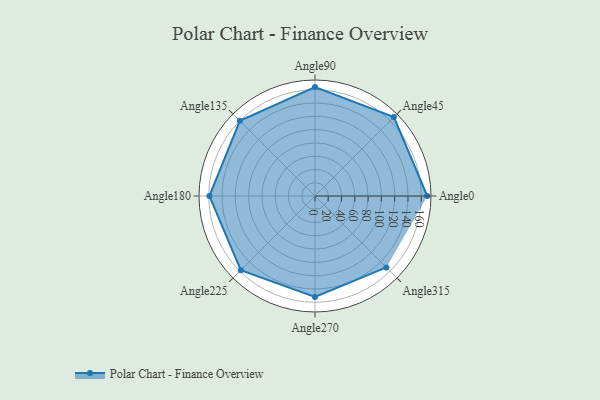
{"axis": {"x": "Angle", "y": "Radius"}, "legend": [""], "data": [{"x": "Angle0", "y": 169.0, "type": ""}, {"x": "Angle45", "y": 168.0, "type": ""}, {"x": "Angle90", "y": 164.0, "type": ""}, {"x": "Angle135", "y": 160.0, "type": ""}, {"x": "Angle180", "y": 159.0, "type": ""}, {"x": "Angle225", "y": 158.0, "type": ""}, {"x": "Angle270", "y": 152.0, "type": ""}, {"x": "Angle315", "y": 152.0, "type": ""}]}